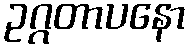
ဥဂ္ဂတာပနော